Madras plague regulations and rules for district municipalities and other towns and villages
Disease focus: Plague
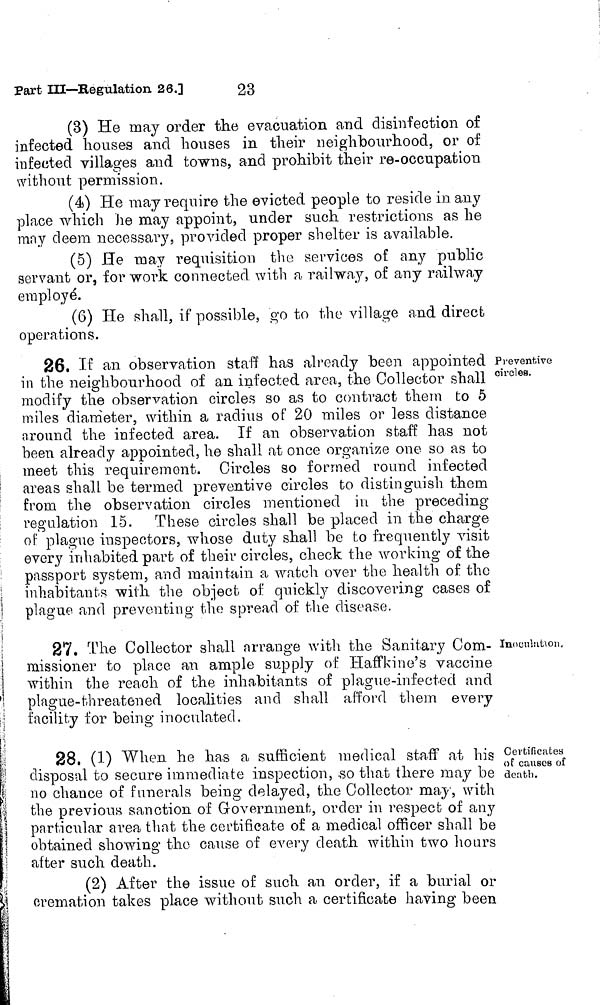
Part Ill—Regulation 26.]
23
(3) He may order the evacuation and disinfection of
infected houses and houses in their neighbourhood, or of
infected villages and towns, and prohibit their re-occnpation
without permission.
(4) He may require the evicted people to reside in any
place which he may appoint, under such restrictions as he
may deem necessary, provided proper shelter is available.
(5) He may requisition the services of any public
servant or, for work connected with a railway, of any railway
employè.
(6) He shall, if possible, go to the village and direct
operations.
Preventive
circles.
26, If an observation staff has already been appointed
in the neighbourhood of an infected area, the Collector shall
modify the observation circles so as to contract them to 5
miles diameter, within a radius of 20 miles or less distance
around the infected area. If an observation staff has not
been already appointed, he shall at once organize one so as to
meet this requirement. Circles so formed round infected
areas shall be termed preventive circles to distinguish them
from the observation circles mentioned in the preceding
regulation 15. These circles shall be placed in the charge
of plague inspectors, whose duty shall be to frequently visit
every inhabited part of their circles, check the working of the
passport system, and maintain a watch over the health of the
inhabitants with the object of quickly discovering cases of
plague and preventing the spread of the disease.
Inoculation,
27. The Collector shall arrange with the Sanitary Com-
missioner to place an ample supply of Haffkine's vaccine
within the reach of the inhabitants of plague-infected and
plague-threatened localities and shall afford them every
facility for being inoculated.
/
Certificates
of causes of
death.
28. (1) When he has a sufficient medical staff at his
disposal to secure immediate inspection, so that there may be
no chance of funerals being delayed, the Collector may, with
the previous sanction of Government, order in respect of any
particular area that the certificate of a medical officer shall be
obtained showing the cause of every death within two hours
after such death.
(2) After the issue of such an order, if a burial or
cremation takes place without such a certificate having been